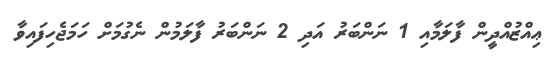
ޢިއްޒުއްދީން ފާލަމާއި 1 ނަންބަރު އަދި 2 ނަންބަރު ފާލަމުން ނެގުމަށް ހަމަޖެހިފައިވާ